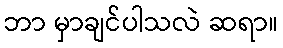
ဘာ မှာချင်ပါသလဲ ဆရာ။